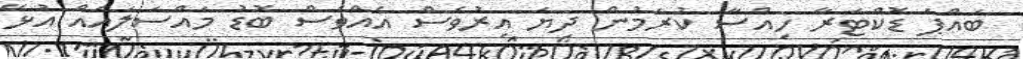
ބައްޕަ ޑޮކްޓަރާ ހިއްސާ ކުރަމުން ދިޔަ އިރުވެސް އެއްވެސް ބޮޑު މައްސަލައެއް އުޅޭ